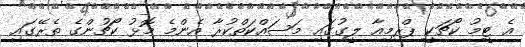
އެ ޓީމު ކޯޗަކީ ޕްރިމިއާ ލީގުގައި މަސައްކަތްކުރާ އެންމެ މޮޅު ކޯޗުންގެ ތެރޭގައި